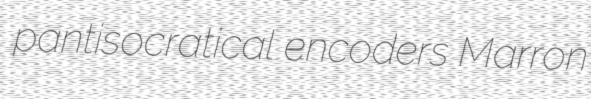
pantisocratical encoders Marron